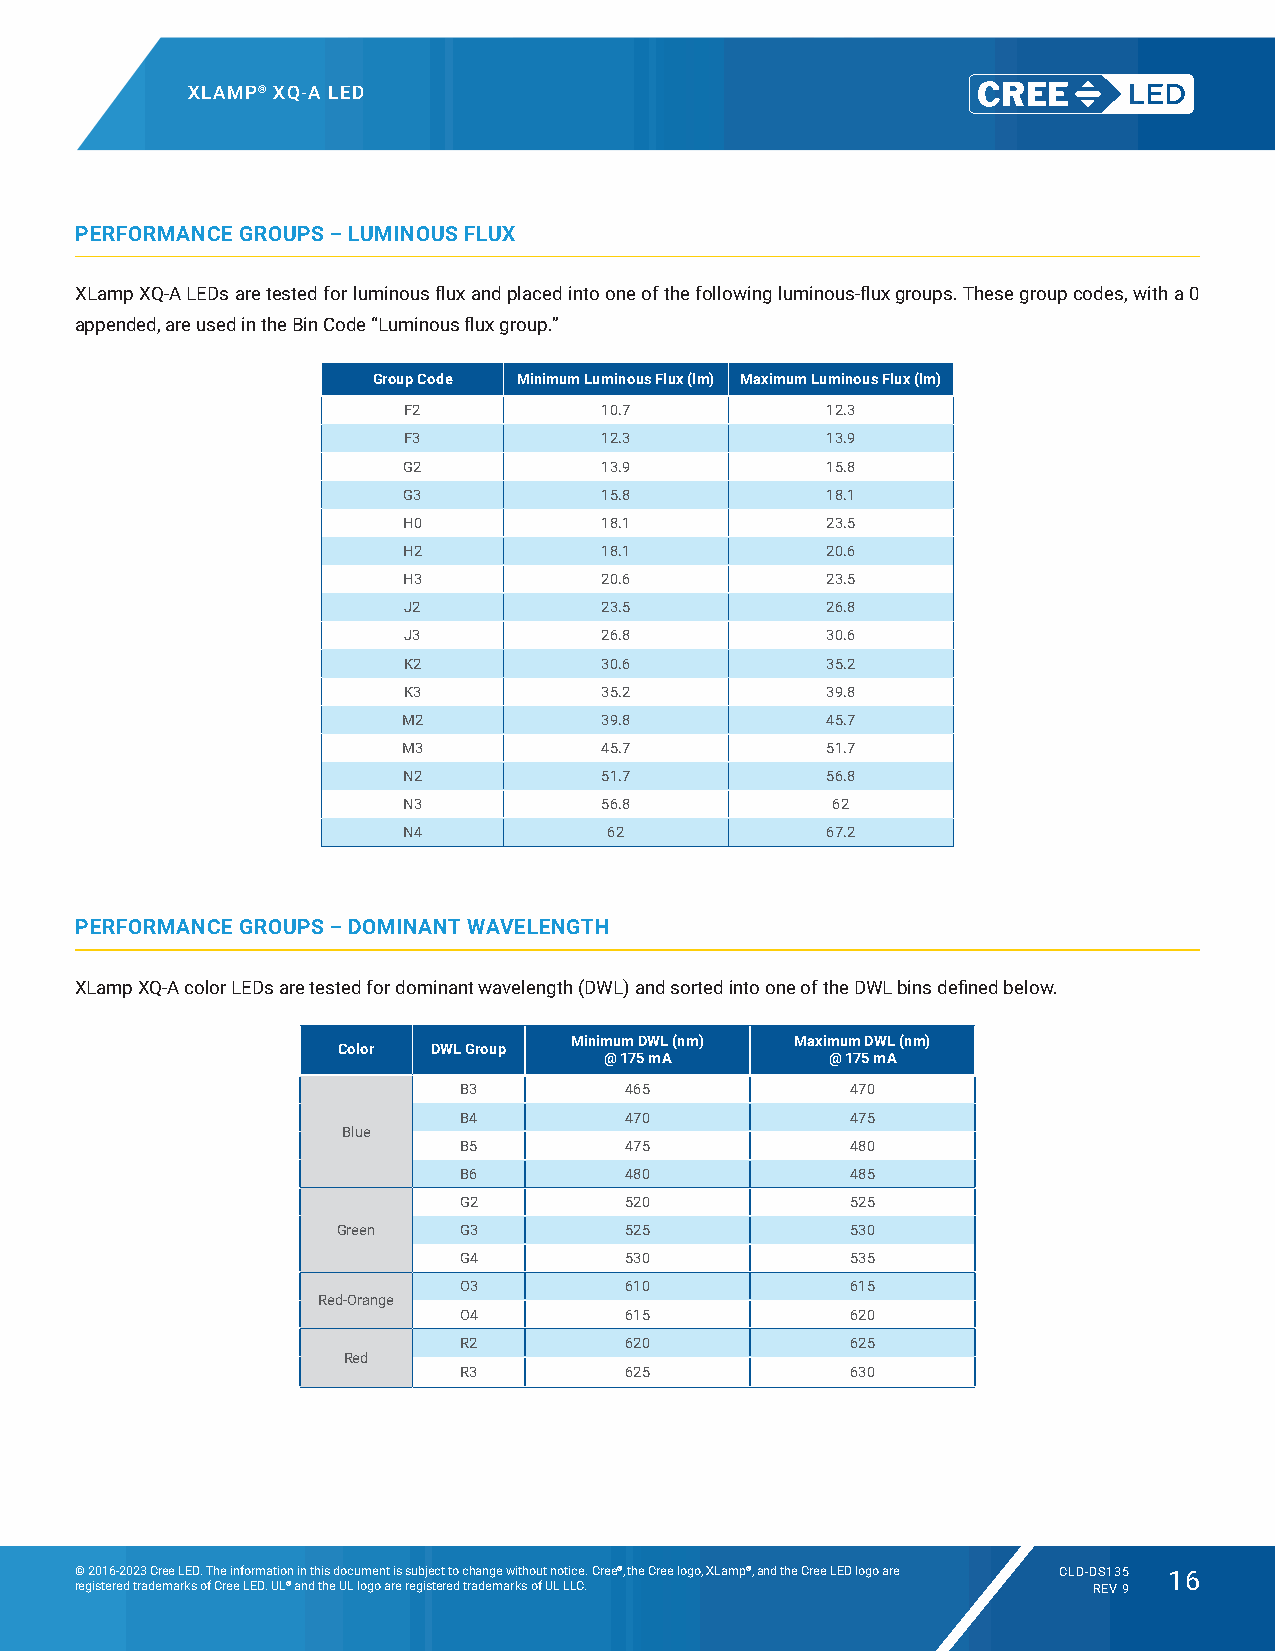
XLAMP® XQ-A LED
 PERFORMANCE GROUPS – LUMINOUS FLUX
 XLamp XQ-A LEDs are tested for luminous flux and placed into one of the following luminous-flux groups. These group codes, with a 0
 appended, are used in the Bin Code “Luminous flux group.”
 Group Code Minimum Luminous Flux (lm) Maximum Luminous Flux (lm)
 F2           10.7           12.3
 F3           12.3           13.9
 G2           13.9           15.8
 G3           15.8           18.1
 H0           18.1           23.5
 H2           18.1           20.6
 H3           20.6           23.5
 J2           23.5           26.8
 J3           26.8           30.6
 K2           30.6           35.2
 K3           35.2           39.8
 M2           39.8           45.7
 M3           45.7           51.7
 N2           51.7           56.8
 N3           56.8           62
 N4           62             67.2
 PERFORMANCE GROUPS – DOMINANT WAVELENGTH
 XLamp XQ-A color LEDs are tested for dominant wavelength (DWL) and sorted into one of the DWL bins defined below.
 Minimum DWL (nm) Maximum DWL (nm)
 Color  DWL Group
 @ 175 mA       @ 175 mA
 B3         465            470
 B4         470            475
 Blue
 B5         475            480
 B6         480            485
 G2         520            525
 Green   G3         525            530
 G4         530            535
 O3         610            615
 Red-Orange
 O4         615            620
 R2         620            625
 Red
 R3         625            630
 © 2016-2023 Cree LED. The information in this document is subject to change without notice. Cree®, the Cree logo, XLamp®, and the Cree LED logo are CLD-DS135 16
 registered trademarks of Cree LED. UL® and the UL logo are registered trademarks of UL LLC. REV 9